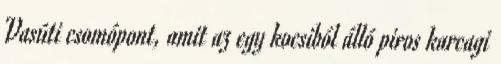
Vasúti csomópont, amit az egy kocsiból álló piros karcagi